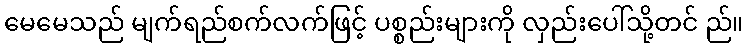
မေမေသည် မျက်ရည်စက်လက်ဖြင့် ပစ္စည်းများကို လှည်းပေါ်သို့တင် ည်။